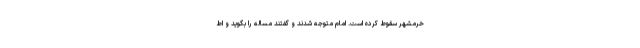
خرمشهر سقوط کرده است. امام متوجه شدند و گفتند مساله را بگوید و اط